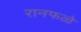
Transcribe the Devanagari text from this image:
रानफळे